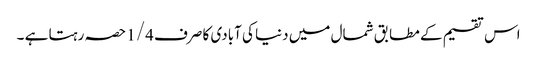
اس تقسیم کے مطابق شمال میں دنیا کی آبادی کا صرف 1/4 حصہ رہتا ہے ۔